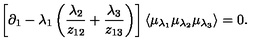
\left[ \partial _ { 1 } - \lambda _ { 1 } \left( \frac { \lambda _ { 2 } } { z _ { 1 2 } } + \frac { \lambda _ { 3 } } { z _ { 1 3 } } \right) \right] \langle \mu _ { \lambda _ { 1 } } \mu _ { \lambda _ { 2 } } \mu _ { \lambda _ { 3 } } \rangle = 0 .